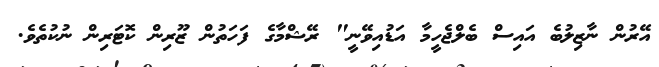
އޭރުން ނާޒިލުބެ އައިސް ބެލްޖެހީމާ އަޑުއިވޭނީ" ރޭޝްމާގެ ފަހަތުން ޒޫރިން ކޮޓަރިން ނުކުތެވެ.